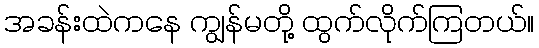
အခန်းထဲကနေ ကျွန်မတို့ ထွက်လိုက်ကြတယ်။